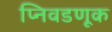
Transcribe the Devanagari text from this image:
प्निवडणूक